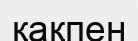
қақпен